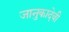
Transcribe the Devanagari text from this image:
जानुकादेवी